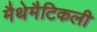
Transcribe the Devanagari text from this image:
मैथेमैटिकली